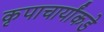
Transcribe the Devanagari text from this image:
कृपाचार्यांकडे